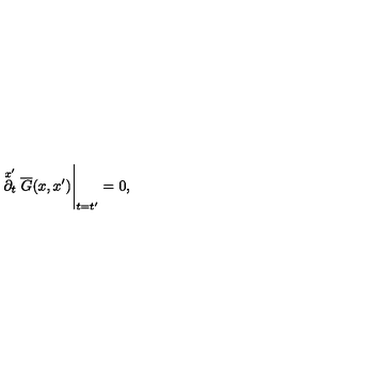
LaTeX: \stackrel { x ^ { \prime } } { \partial _ { t } } \overline { G } ( x , x ^ { \prime } ) \Bigg | _ { t = t ^ { \prime } } = 0 ,